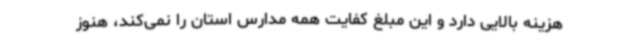
هزینه بالایی دارد و این مبلغ کفایت همه مدارس استان را نمی‌کند، هنوز